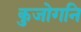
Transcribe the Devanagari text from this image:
कुजोगनि